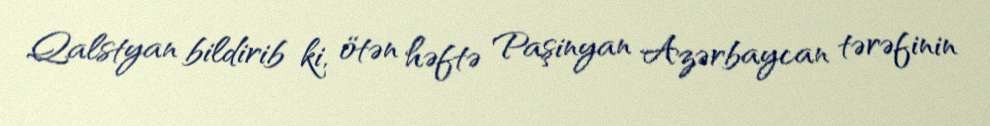
Qalstyan bildirib ki, ötən həftə Paşinyan Azərbaycan tərəfinin